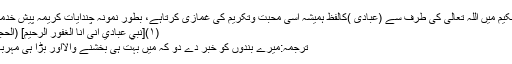
قرآن حکیم میں اللہ تعالیٰ کی طرف سے (عبادی )کالفظ ہمیشہ اسی محبت وتکریم کی غمازی کرتاہے، بطورِ نمونہ چندآیاتِ کریمہ پیش خدمت ہیں:
(۱)[نَبِّئْ عِبَادِيْٓ اَنِّىْٓ اَنَا الْغَفُوْرُ الرَّحِيْمُ] (الحجر:۴۹)
ترجمہ:میرے بندوں کو خبر دے دو کہ میں بہت ہی بخشنے والااور بڑا ہی مہربان ہوں۔